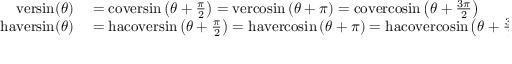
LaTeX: \begin{array} { r l } { \mathrm { v e r s i n } ( \theta ) } & { { } = \mathrm { c o v e r s i n } \left( \theta + { \frac { \pi } { 2 } } \right) = \mathrm { v e r c o s i n } \left( \theta + \pi \right) = \mathrm { c o v e r c o s i n } \left( \theta + { \frac { 3 \pi } { 2 } } \right) } \\ { \mathrm { h a v e r s i n } ( \theta ) } & { { } = \mathrm { h a c o v e r s i n } \left( \theta + { \frac { \pi } { 2 } } \right) = \mathrm { h a v e r c o s i n } \left( \theta + \pi \right) = \mathrm { h a c o v e r c o s i n } \left( \theta + { \frac { 3 \pi } { 2 } } \right) } \end{array}